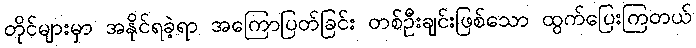
တိုင်များမှာ အနိုင်ရခဲ့ရာ အကြောပြတ်ခြင်း တစ်ဦးချင်းဖြစ်သော ထွက်ပြေးကြတယ်